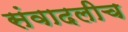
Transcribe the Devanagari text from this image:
संवादलीच